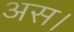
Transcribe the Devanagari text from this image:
अस।